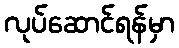
လုပ်ဆောင်ရန်မှာ